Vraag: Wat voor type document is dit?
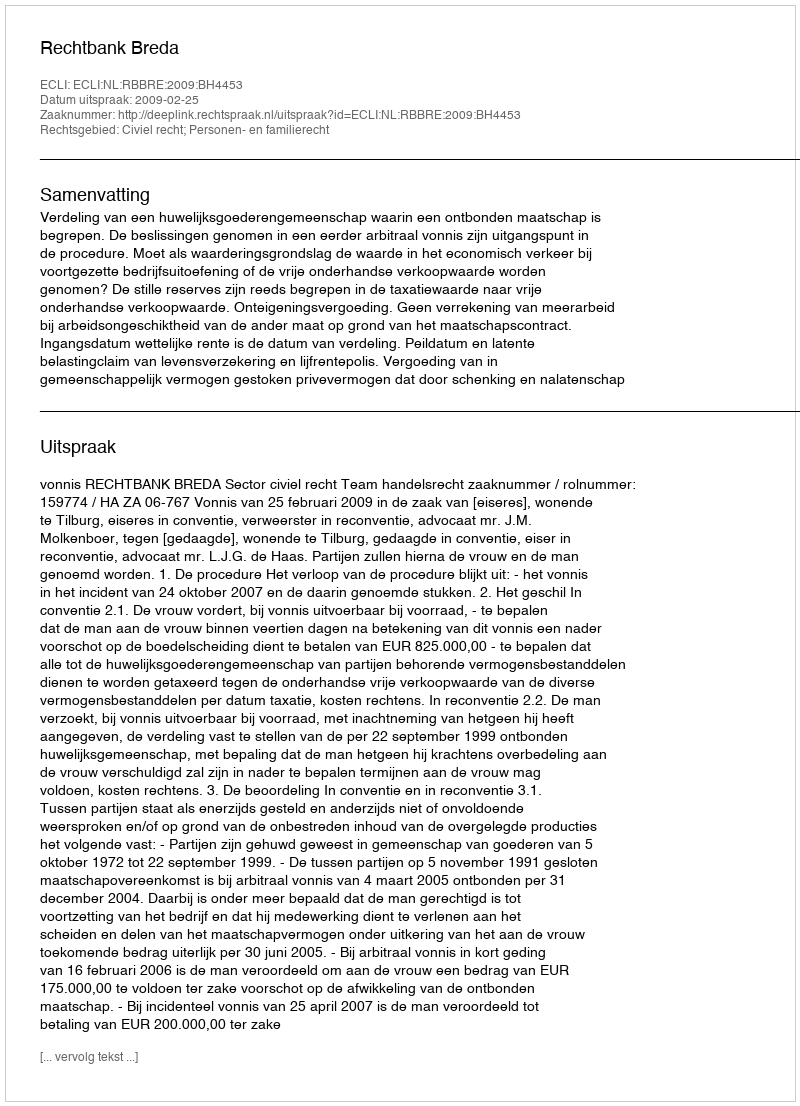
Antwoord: Uitspraak